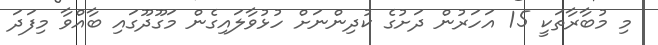
މި މުބާރާތަކީ 15 އަހަރުން ދަށުގެ ކުދިންނަށް ހުޅުވާލައިގެން މަގޫދޫގައި ބާއްވާ މިފަދަ